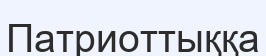
Патриоттыққа